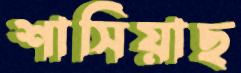
শাসিয়াছ